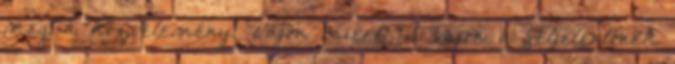
meg a közvélemény. Vajon miért? S vajon a feljelentőnek